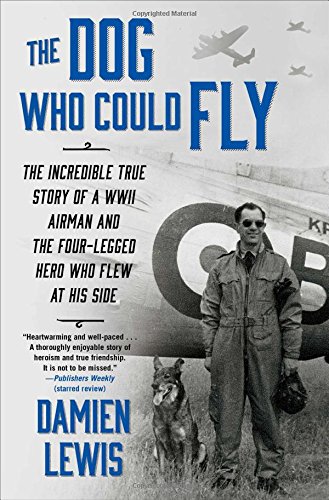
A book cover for The Dog Who Could Fly: The Incredible True Story of a WWII Airman and the Four-Legged Hero Who Flew At His Side; Damien Lewis; Biographies & Memoirs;